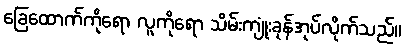
ခြေထောက်ကိုရော လူကိုရော သိမ်းကျုံးခုန်အုပ်လိုက်သည်။